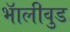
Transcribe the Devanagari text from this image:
भॅालीवुड